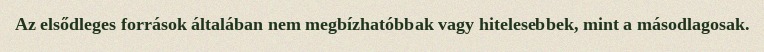
Az elsődleges források általában nem megbízhatóbbak vagy hitelesebbek, mint a másodlagosak.